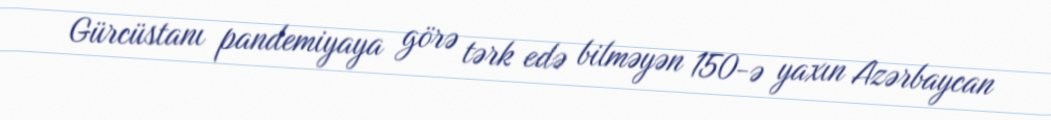
Gürcüstanı pandemiyaya görə tərk edə bilməyən 150-ə yaxın Azərbaycan